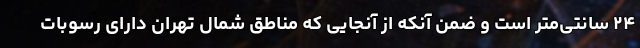
۲۴ سانتی‌متر است و ضمن آنکه از آنجایی که مناطق شمال تهران دارای رسوبات